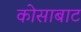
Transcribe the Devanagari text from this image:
कोसाबाट